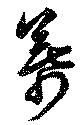
幕